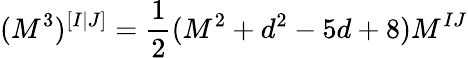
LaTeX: (M^{3})^{[I|J]}=\frac{1}{2}(M^{2}+d^{2}-5d+8)M^{IJ}